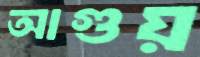
আগুয়